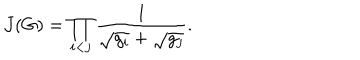
LaTeX: J ( G ) = \prod _ { i < j } \frac { 1 } { \sqrt { \vphantom { g _ { j } } g _ { i } } + \sqrt { g _ { j } } } .